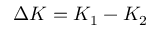
\Delta K = K _ { 1 } - K _ { 2 }